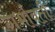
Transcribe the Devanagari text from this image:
गर्भावती